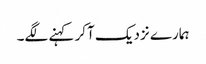
ہمارے نزدیک آکر کہنے لگے۔